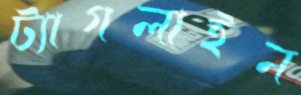
ট্যাগলাইন